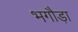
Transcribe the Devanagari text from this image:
भगौड़ा